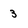
Character: 3